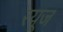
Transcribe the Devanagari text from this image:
रयूज